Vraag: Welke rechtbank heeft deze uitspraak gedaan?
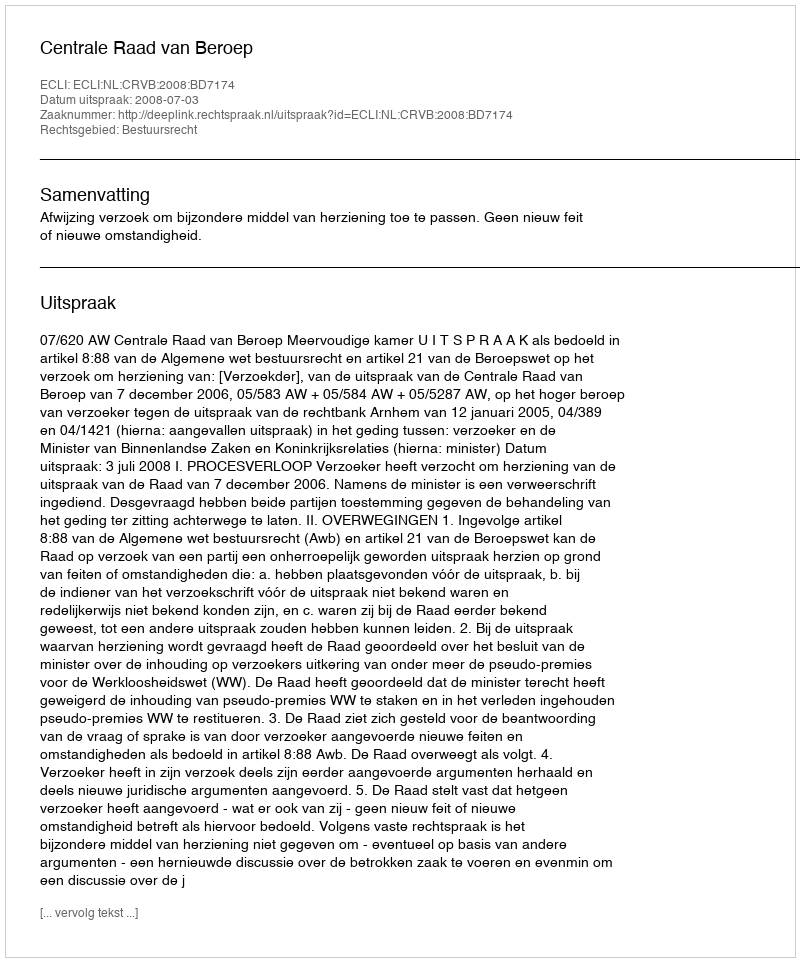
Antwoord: Centrale Raad van Beroep